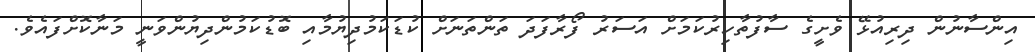
އިންސާނުން ދިރިއުޅޭ ވެށީގެ ސާފުތާހިރުކަމަށް އަސަރު ފޯރާފަދަ ތަންތަނަށް ކުޑަކަމުދިޔުމާއި ބޮޑުކަމުންދިޔުންވަނީ މަނާކޮށްފައެވެ.